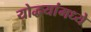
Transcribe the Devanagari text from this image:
योद्धयांमध्ये